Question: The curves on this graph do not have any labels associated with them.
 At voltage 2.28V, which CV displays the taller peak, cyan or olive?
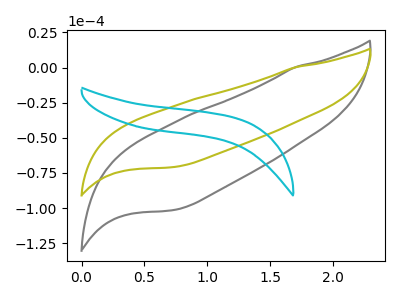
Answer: <think>The gray curve "gray" has no peaks. The olive curve "olive" has no peaks. The cyan curve "cyan" has no peaks.</think>
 <answer>"cyan" and "olive" dont share a peak at 2.28V.</answer>
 <eval>mismatch</eval>